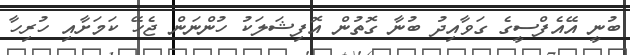
ބުނީ އޭއެފްސީގެ ގަވާއިދު ބުނާ ގޮތުން އޮފިޝަލަކު ހުންނަން ޖެހޭ ކަމަށާއި ހުރިހާ